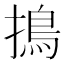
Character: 㨶